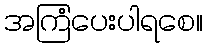
အကြံပေးပါရစေ။